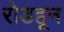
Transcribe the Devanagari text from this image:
रोडहून